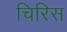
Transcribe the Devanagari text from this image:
चिरिस